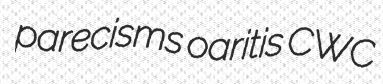
parecisms oaritis CWC